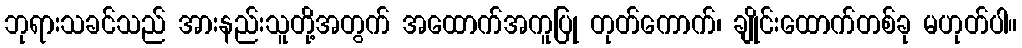
ဘုရားသခင်သည် အားနည်းသူတို့အတွက် အထောက်အကူပြု တုတ်ကောက်၊ ချိုင်းထောက်တစ်ခု မဟုတ်ပါ။